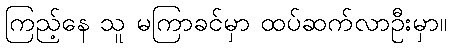
ကြည့်နေ သူ မကြာခင်မှာ ထပ်ဆက်လာဦးမှာ။